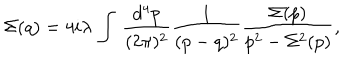
LaTeX: \Sigma ( q ) = 4 i \lambda \, \int \, \frac { d ^ { 4 } p } { ( 2 \pi ) ^ { 2 } } \frac { 1 } { ( p - q ) ^ { 2 } } \frac { \Sigma ( p ) } { p ^ { 2 } - \Sigma ^ { 2 } ( p ) } ,